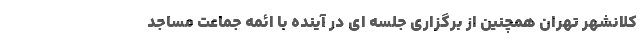
کلانشهر تهران همچنین از برگزاری جلسه ای در آینده با ائمه جماعت مساجد